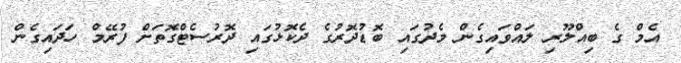
އެމް ގެ ބިއްލޫރި ލައްވައިގެން މެދުގައި ބޮޑުދޮރުގެ ދެކޮޅުގައި ދޮރުސެޓްގޮތަށް ފުރޭމް ހަދައިގެން